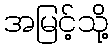
အမြင့်သို့